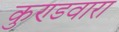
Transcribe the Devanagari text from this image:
कुण्डवारा